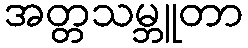
အတ္တသမ္ဘူတာ